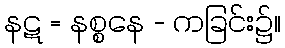
နဋ = နစ္စနေ - ကခြင်း၌။